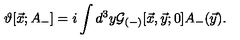
\vartheta [ { \vec { x } } ; A _ { - } ] = i \int d ^ { 3 } y { \cal G } _ { ( - ) } [ \vec { x } , \vec { y } ; 0 ] A _ { - } ( \vec { y } ) .